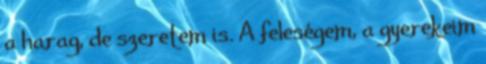
a harag, de szeretem is. A feleségem, a gyerekeim